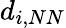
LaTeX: d_{i,NN}